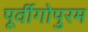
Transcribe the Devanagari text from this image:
पूर्वीगोपुरम